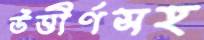
উত্তীর্ণসহ